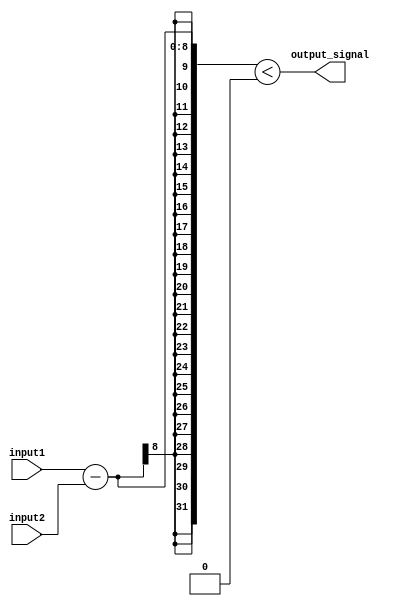
module less_than_comparator(
    input [7:0] input1,
    input [7:0] input2,
    output output_signal
    );
    
    assign output_signal = (input1 - input2) < 0;
    
endmodule